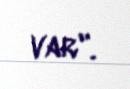
var".